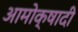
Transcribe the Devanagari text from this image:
आमोक्षादी